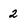
Character: 2